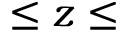
\leq z \leq